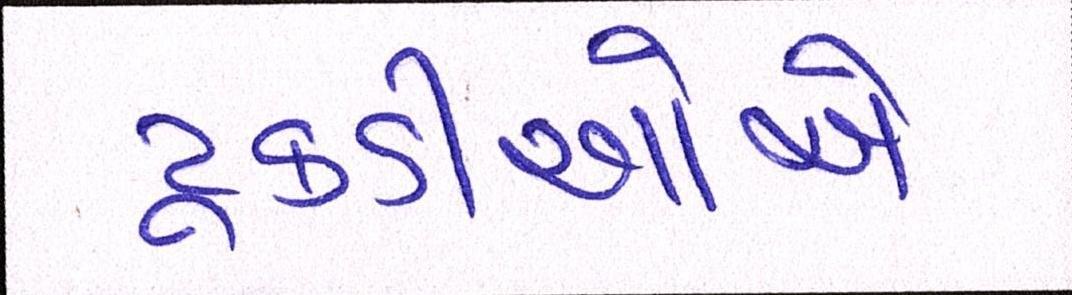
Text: ટૂકડીઓએ